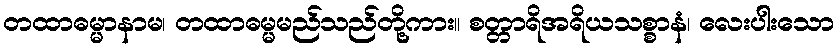
တထာဓမ္မာနာမ၊ တထာဓမ္မမည်သည်တို့ကား။ စတ္တာရိအရိယသစ္စာနံ၊ လေးပါးသော